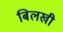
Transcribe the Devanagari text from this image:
बिलखी